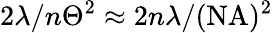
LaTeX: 2\lambda/n\Theta^{2}\approx 2n\lambda/(\mathrm{NA})^{2}